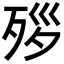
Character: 𪵃